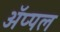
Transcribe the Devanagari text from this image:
ॲप्पल